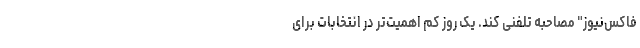
فاکس‌نیوز" مصاحبه تلفنی کند. یک روز کم اهمیت‌تر در انتخابات برای